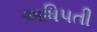
અધિપતી